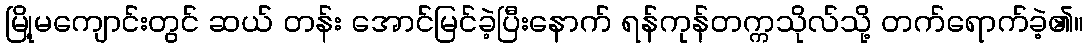
မြို့မကျောင်းတွင် ဆယ် တန်း အောင်မြင်ခဲ့ပြီးနောက် ရန်ကုန်တက္ကသိုလ်သို့ တက်ရောက်ခဲ့၏။